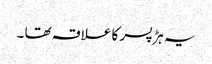
یہ ہڑ پسر کا علاقہ تھا ۔